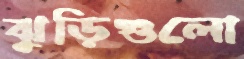
ঝুড়িগুলো